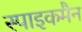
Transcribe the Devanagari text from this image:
स्पाइकमैन